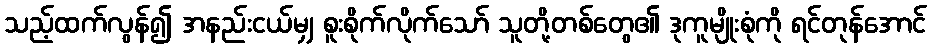
သည့်ထက်လွန်၍ အနည်းငယ်မျှ စူးစိုက်လိုက်သော် သူတို့တစ်တွေ၏ ဒုကူမျိုးစုံကို ရင်တုန်အောင်